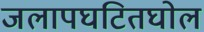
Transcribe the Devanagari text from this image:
जलापघटितघोल